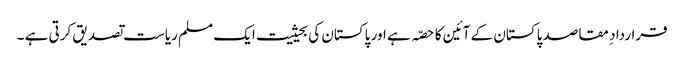
قرارداد ِ مقاصد پاکستان کے آئین کا حصّہ ہے اور پاکستان کی بحیثیت ایک مسلم ریاست تصدیق کرتی ہے ۔